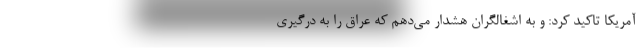
آمریکا تاکید کرد: و به اشغالگران هشدار می‌دهم که عراق را به درگیری